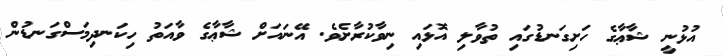
އުޅުނީ ޝާޢާގެ ހަށިގަނޑުގައި ތުވާލި އޮޅައި ނިވާކުރާށެވެ. އޭނައަށް ޝާޢާގެ ވާއަތު ހިކަނދިމަސްގަނޑުން